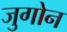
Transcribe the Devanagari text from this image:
जुगोन